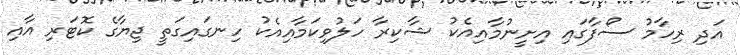
އަދި ރިހާމު ސޯފާގައި އިށީނުމާއިއެކު ޝާކިރާ ހަލުވިކަމާއިއެކު ހިނގައިގަތީ ޖިޔާގެ ކޮޓަރި އާއި